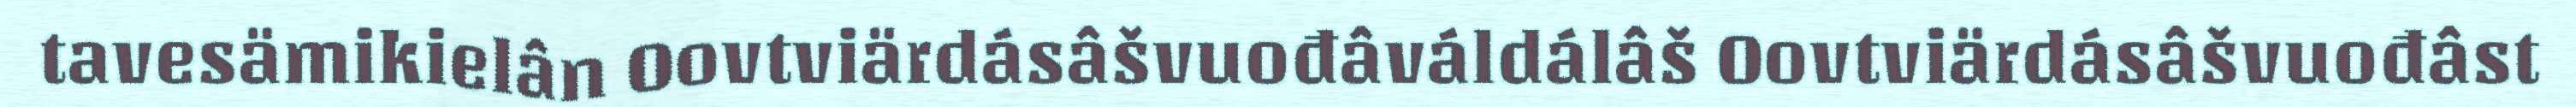
tavesämikielân Oovtviärdásâšvuođâváldálâš Oovtviärdásâšvuođâst